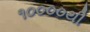
૧૦૦૦૦થી